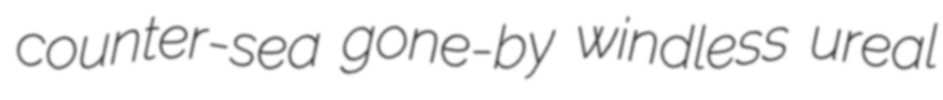
counter-sea gone-by windless ureal